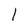
Character: I